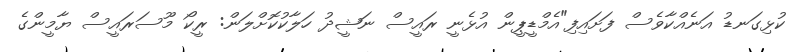
ކުޅިގަނޑު އަނެއްކާވެސް ފަށައިފި"އެމްޑީޕީން އުޅެނީ ރައީސް ނަޝީދު ހަލާކުކޮށްލަން: ރީކޯ މޫސަރައީސް ޔާމީންގެ